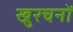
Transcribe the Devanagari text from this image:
खुरचनों